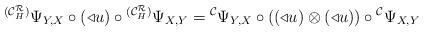
LaTeX: \begin{align*}{}^{({\cal C}^{\cal R}_H)}\Psi_{Y,X}\circ(\triangleleft u) \circ{}^{({\cal C}^{\cal R}_H)}\Psi_{X,Y}={}^{\cal C}\Psi_{Y,X}\circ ((\triangleleft u)\otimes(\triangleleft u)) \circ{}^{\cal C}\Psi_{X,Y}\end{align*}